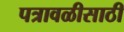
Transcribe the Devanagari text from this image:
पत्रावळीसाठी